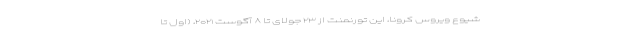
شیوع ویروس کرونا، این تورنمنت از ۲۳ جولای تا ۸ آگوست ۲۰۲۱، (اول تا